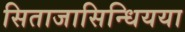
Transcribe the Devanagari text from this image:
सिताजासिन्धियया